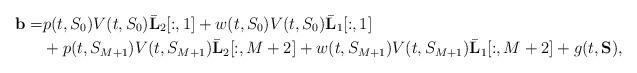
LaTeX: \begin{align*} \mathbf b = &p(t,S_0)V(t,S_0)\bar{\mathbf L}_2[:,1] + w(t,S_0)V(t,S_0)\bar{\mathbf L}_1[:,1] \\ &+ p(t,S_{M+1})V(t,S_{M+1})\bar{\mathbf L}_2[:,M+2] + w(t,S_{M+1})V(t,S_{M+1})\bar{\mathbf L}_1[:,M+2] + g(t,\mathbf S),\end{align*}